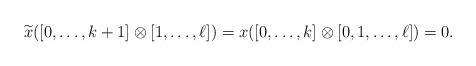
LaTeX: \begin{align*} \widetilde{x}([0,\ldots, k+1]\otimes [1,\ldots, \ell])= x([0,\ldots, k]\otimes [0,1,\ldots, \ell])=0. \end{align*}